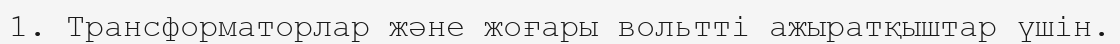
1. Трансформаторлар және жоғары вольтті ажыратқыштар үшін.